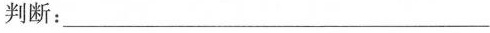
判断：___